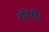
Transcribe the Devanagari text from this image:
रहिछे।